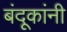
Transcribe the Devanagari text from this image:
बंदूकांनी